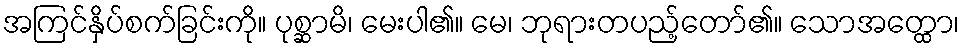
အကြင်နှိပ်စက်ခြင်းကို။ ပုစ္ဆာမိ၊ မေးပါ၏။ မေ၊ ဘုရားတပည့်တော်၏။ သောအတ္ထော၊